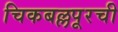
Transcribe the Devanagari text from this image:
चिकबल्लपूरची